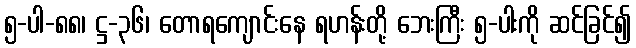
၅-ပါ-၈၈၊ ဋ္ဌ-၃၆၊ တောရကျောင်းနေ ရဟန်းတို့ ဘေးကြီး ၅-ပါးကို ဆင်ခြင်၍